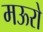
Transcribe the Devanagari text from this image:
मऊरो